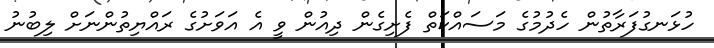
ހުޅަނގުފަރާތުން ހެދުމުގެ މަސައްކަތް ފެށިގެން ދިއުން ވީ އެ އަވަށުގެ ރައްޔިތުންނަށް ލިބުނު